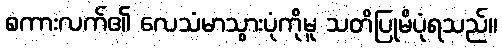
စကားလက်၏ လေသံမာသွားပုံကိုမူ သတိပြုမိပုံရသည်။